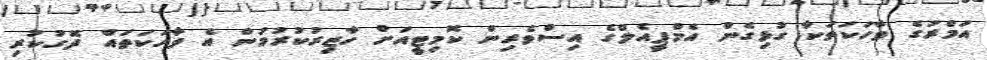
އަމްރުގެ ވާހަކަތަކާ ގުޅިގެން އެމްޕީއެލްގެ އިސްވެރިން ކޮމިޓީއަށް ހާޒިރުކުރުމުން އެ ވާހަކަތައް ދޮގުކުރި